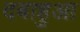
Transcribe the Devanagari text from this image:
दबाहुआ